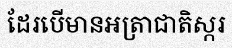
ដែរបើមានអត្រាជាតិស្ករ